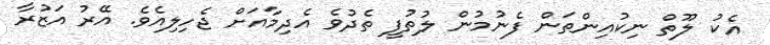
އެކު ލޫތް ނިކުއިންތަން ފެނުމުން ލުތުފީ ތެދުވެ އެދިމާއަށް ޖެހިލިއެވެ. އޭރު އަޒުރާ